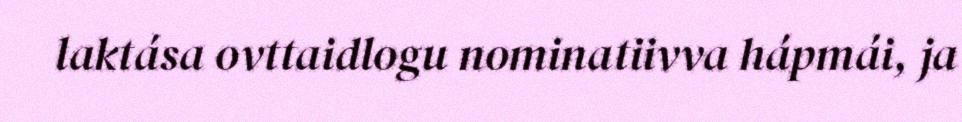
laktása ovttaidlogu nominatiivva hápmái, ja